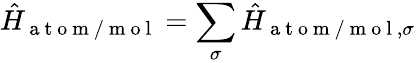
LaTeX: \hat{H}_{\mathrm{~a~t~o~m~/~m~o~l~}}=\sum_{\sigma}\hat{H}_{\mathrm{~a~t~o~m~/~m~o~l~},\sigma}